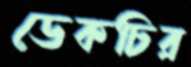
ডেকচির